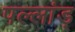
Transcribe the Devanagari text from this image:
पल्लांड्